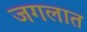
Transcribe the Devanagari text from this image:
जगलात